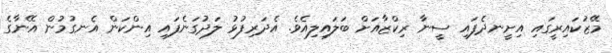
މޭޒުކައިރީގައި އިށީނދެފައި ސީނާ ރިކްޒާއަށް ބަލައިލިއެވެ. އެދަރިފުޅު ލަދުގަނެފައި އިންކަން އެނގުމުން އޭނާގެ